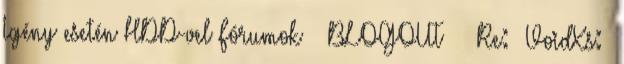
Igény esetén HDD-vel Fórumok » BLOGOUT » Re: VoidXs: